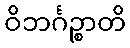
ဝိဘင်္ဂဉ္စာတိ